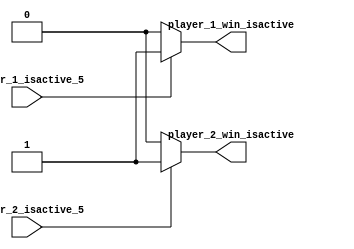
`timescale 1ns / 1ps

module Win_Logic_Pong
    
    (
        
        input player_1_isactive_5, 
        input player_2_isactive_5, 
        
        output player_1_win_isactive, 
        output player_2_win_isactive
      
    );

        assign player_1_win_isactive = (player_1_isactive_5) ? 1 : 0; 
        assign player_2_win_isactive = (player_2_isactive_5) ? 1 : 0; 
    
endmodule